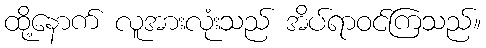
ထို့နောက် လူအားလုံးသည် အိပ်ရာဝင်ကြသည်။